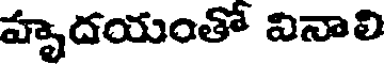
హృదయంతో వినాలి